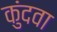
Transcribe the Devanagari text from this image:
कुंदवा